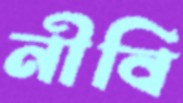
নীবি